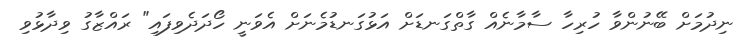
ނިދުމަށް ބޭނުންވާ ހުރިހާ ސާމާނެއް ގާތްގަނޑަށް އަޅުގަނޑުމެނަށް އެވަނީ ހޯދަދެވިފައި" ރައްޒާގު ވިދާޅުވި